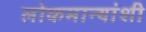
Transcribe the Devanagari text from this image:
लोकमान्यांशी